General report no. 6 on the lunatic asylums, vaccination and dispensaries in the Bengal Presidency, 1873 -
Year: 1873
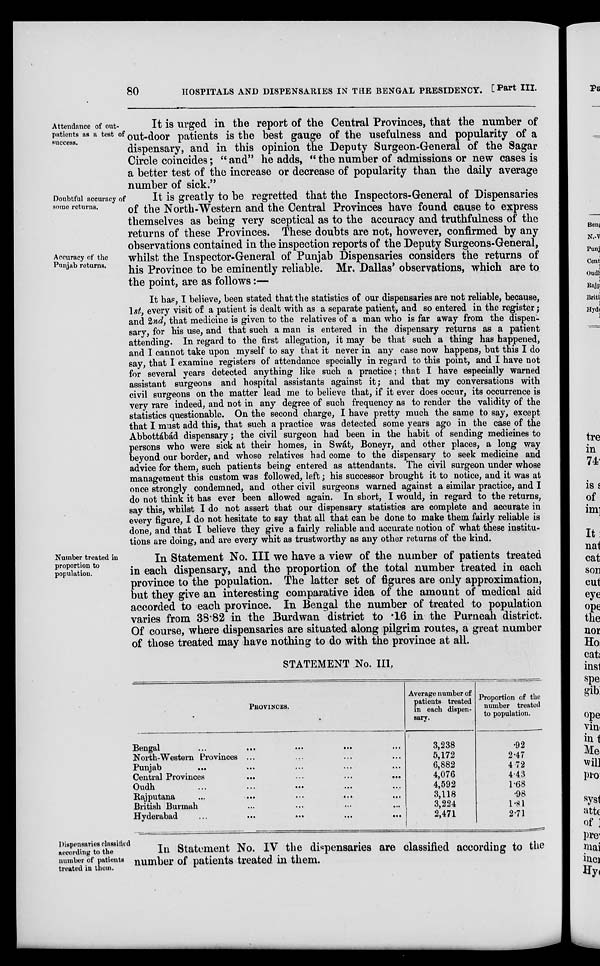
80
HOSPITALS AND DISPENSARIES IN THE BENGAL PRESIDENCY. [Part III.
Attendance of out-
patients as a test of
success.
It is urged in the report of the Central Provinces, that the number of
out-door patients is the best gauge of the usefulness and popularity of a
dispensary, and in this opinion the Deputy Surgeon-General of the Sagar
Circle coincides ; "and" he adds, "the number of admissions or new cases is
a better test of the increase or decrease of popularity than the daily average
number of sick."
Doubtful accuracy of
some returns.
Accuracy of the
Punjab returns.
It is greatly to be regretted that the Inspectors-General of Dispensaries
of the North-Western and the Central Provinces have found cause to express
themselves as being very sceptical as to the accuracy and truthfulness of the
returns of these Provinces. These doubts are not, however, confirmed by any
observations contained in the inspection reports of the Deputy Surgeons-General,
whilst the Inspector-General of Punjab Dispensaries considers the returns of
his Province to be eminently reliable. Mr. Dallas' observations, which are to
the point, are as follows:—
It has, I believe, been stated that the statistics of our dispensaries are not reliable, because,
1st, every visit of a patient is dealt with as a separate patient, and so entered in the register;
and 2nd, that medicine is given to the relatives of a man who is far away from the dispen-
sary, for his use, and that such a man is entered in the dispensary returns as a patient
attending. In regard to the first allegation, it may be that such a thing has happened,
and I cannot take upon myself to say that it never in any case now happens, but this I do
say, that I examine registers of attendance specially in regard to this point, and I have not
for several years detected anything like such a practice; that I have especially warned
assistant surgeons and hospital assistants against it; and that my conversations with
civil surgeons on the matter lead me to believe that, if it ever does occur, its occurrence is
very rare indeed, and not in any degree of such frequency as to render the validity of the
statistics questionable. On the second charge, I have pretty much the same to say, except
that I must add this, that such a practice was detected some years ago in the case of the
Abbottábád dispensary; the civil surgeon had been in the habit of sending medicines to
persons who were sick at their homes, in Swát, Boneyr, and other places, a long way
beyond our border, and whose relatives had come to the dispensary to seek medicine and
advice for them, such patients being entered as attendants. The civil surgeon under whose
management this custom was followed, left; his successor brought it to notice, and it was at
once strongly condemned, and other civil surgeons warned against a similar practice, and I
do not think it has ever been allowed again. In short, I would, in regard to the returns,
say this, whilst I do not assert that our dispensary statistics are complete and accurate in
every figure, I do not hesitate to say that all that can be done to make them fairly reliable is
done, and that I believe they give a fairly reliable and accurate notion of what these institu-
tions are doing, and are every whit as trustworthy as any other returns of the kind.
Number treated in
proportion to
population.
In Statement No. III we have a view of the number of patients treated
in each dispensary, and the proportion of the total number treated in each
province to the population. The latter set of figures are only approximation,
but they give an interesting comparative idea of the amount of medical aid
accorded to each province. In Bengal the number of treated to population
varies from 38.82 in the Burdwan district to .16 in the Purneah district.
Of course, where dispensaries are situated along pilgrim routes, a great number
of those treated may have nothing to do with the province at all.
STATEMENT No. III,
PROVINCES.
Bengal
...
...
...
... ...
North-Western Provinces ... ... ... ...
Punjab ... ... ... ... ...
Central Provinces
...
...
... ...
Oudh ... ... ... ... ...
Rajputana ... ... ... ... ...
British Burmah ... ... ... ...
Hyderabad
...
...
...
...
...
Average number of
patients treated
in each dispen-
sary.
3,238
5,172
6,882
4,076
4,592
3,118
3,224
2,471
Proportion of the
number treated
to population.
.92
2.47
4.72
4.43
1.68
.98
1.81
2.71
Dispensaries classified
according to the
number of patients
treated in them.
In Statement No. IV the dispensaries are classified according to the
number of patients treated in them.